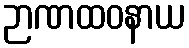
ဉာဏထဝနာယ